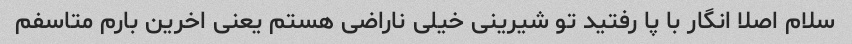
سلام اصلا انگار با پا رفتید تو شیرینی خیلی ناراضی هستم یعنی اخرین بارم متاسفم